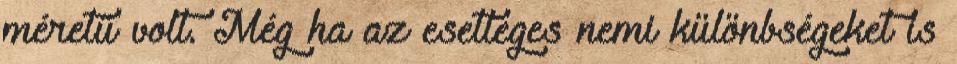
méretű volt. Még ha az esetleges nemi különbségeket is